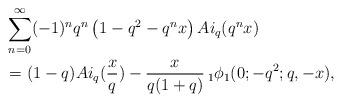
LaTeX: \begin{align*} & \sum_{n=0}^{\infty} (-1)^n q^n \left(1-q^2-q^n x \right)Ai_q(q^n x)\\&= (1-q)Ai_q(\frac{x}{q}) -\frac{x}{q(1+q)}\,_1\phi_1 (0;-q^2;q,-x), \end{align*}